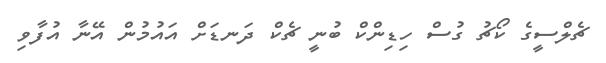
ޗެލްސީގެ ކޯޗު ގުސް ހިޑިންކް ބުނީ ޗެކް ދަނޑަށް އައުމުން އޭނާ އުފާވި